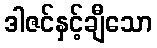
ဒါဇင်နှင့်ချီသော